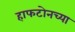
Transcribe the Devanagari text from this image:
हाफटोनच्या